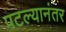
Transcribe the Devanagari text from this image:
पटल्यानंतर